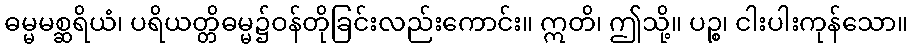
ဓမ္မမစ္ဆရိယံ၊ ပရိယတ္တိဓမ္မ၌ဝန်တိုခြင်းလည်းကောင်း။ ဣတိ၊ ဤသို့။ ပဉ္စ၊ ငါးပါးကုန်သော။